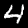
Digit: 4